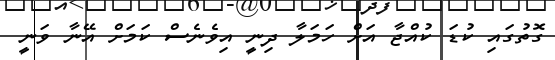
ގޮތުގައި ކުޑަ ކުއްޖާ އަށް ހަމަލާ ދިނީ އިވެނެސް ކަމަށް އޭނާ ވަނީ